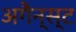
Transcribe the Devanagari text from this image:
अगैन्स्ट